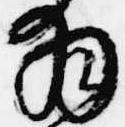
拝